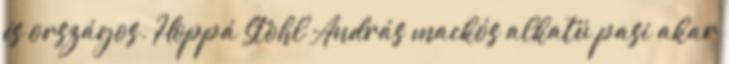
és országos. Hoppá Stohl András mackós alkatú pasi akar